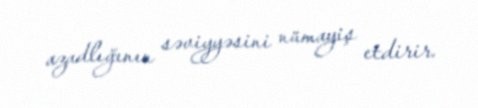
azadlığının səviyyəsini nümayiş etdirir.